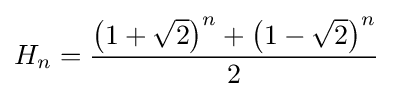
H_{n}={\frac {\left(1+{\sqrt {2}}\right)^{n}+\left(1-{\sqrt {2}}\right)^{n}}{2}}